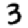
Digit: 3